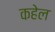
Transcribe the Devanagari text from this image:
कहेल